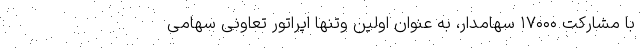
با مشارکت ۱۷۰۰۰ سهامدار، به عنوان اولین وتنها اپراتور تعاونی سهامی